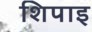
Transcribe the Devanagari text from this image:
शिपाइ